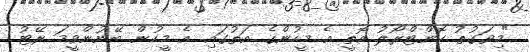
"މިވަގުތު ކޮންޓްރޯލު އޮތީ އެ މީހުންގެ އަތުގައި. އެ މީހުން ބޭނުންވީމަ ރޭޓު